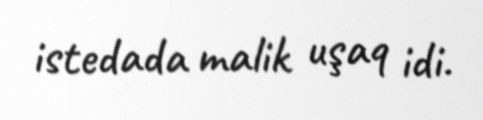
istedada malik uşaq idi.